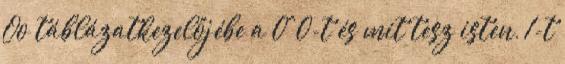
Oo táblázatkezelőjébe a 0^0-t és mit tesz isten, 1-t